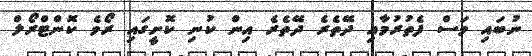
ނުބައި ވަސް ފެތުރުމާއި ދޭތެރެ ދޭތެރެ އިން ކުނި ކޮށީގައި ރޯވެ ކޮންޓްރޯލް